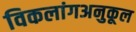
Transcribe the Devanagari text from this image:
विकलांगअनुकूल